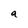
Character: a